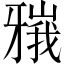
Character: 𬌘